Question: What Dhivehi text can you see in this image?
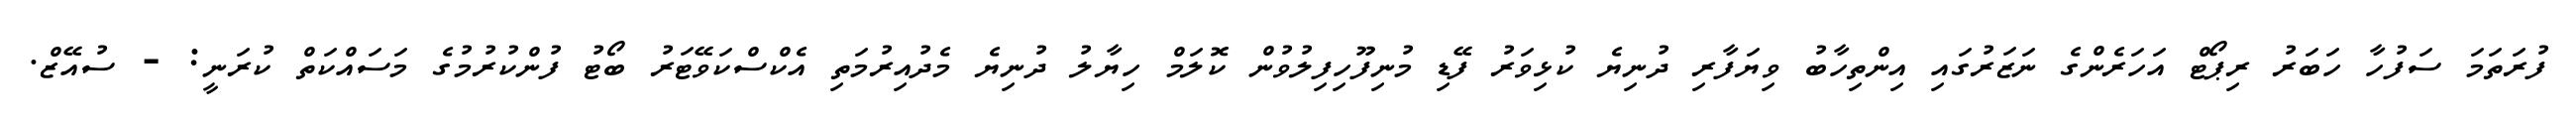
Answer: ފުރަތަމަ ސަފުހާ ހަބަރު ރިޕޯޓް އަހަރެންގެ ނަޒަރުގައި އިންތިހާބު ވިޔަފާރި ދުނިޔެ ކުޅިވަރު ފޭޑި މުނިފޫހިފިލުވުން ކޮލަމް ހިޔާލު ދުނިޔެ މެދުއިރުމަތި އެކްސްކަވޭޓަރު ބޯޓު ފުންކުރުމުގެ މަސައްކަތް ކުރަނީ: - ސުއޭޒް.